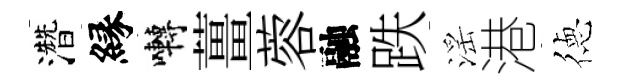
濳縁囀薑蓉融跌滛港徳